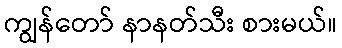
ကျွန်တော် နာနတ်သီး စားမယ်။